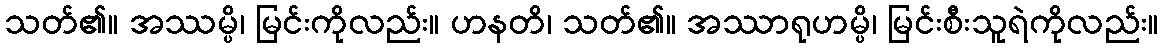
သတ်၏။ အဿမ္ပိ၊ မြင်းကိုလည်း။ ဟနတိ၊ သတ်၏။ အဿာရုဟမ္ပိ၊ မြင်းစီးသူရဲကိုလည်း။